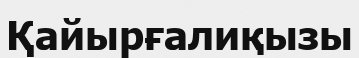
Қайырғалиқызы